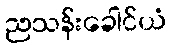
ညသန်းခေါင်ယံ